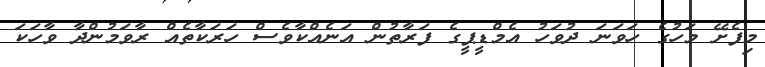
މިފެށޭ މަހުގެ ހަވަނަ ދުވަހު އެމްޑީޕީގެ ފަރާތުން އަނެއްކާވެސް ހަރަކާތެއް ރާވަމުންދާ ވާހަކަ